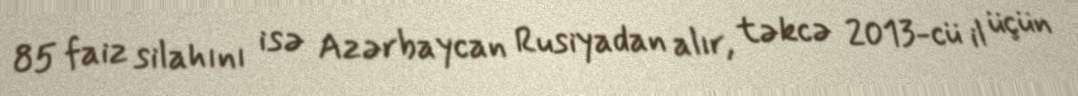
85 faiz silahını isə Azərbaycan Rusiyadan alır, təkcə 2013-cü il üçün